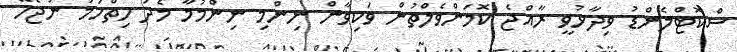
ސްކޮޓްލެންޑު ވިދާޅުވީ ރާއްޖެ ކޮމަންވެލްތުން ވަކިވާން ނިންމި ނިންމުމާ މެދު ހިތްހަމަ ނުޖެހޭ